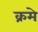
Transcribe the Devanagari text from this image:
क्रमे